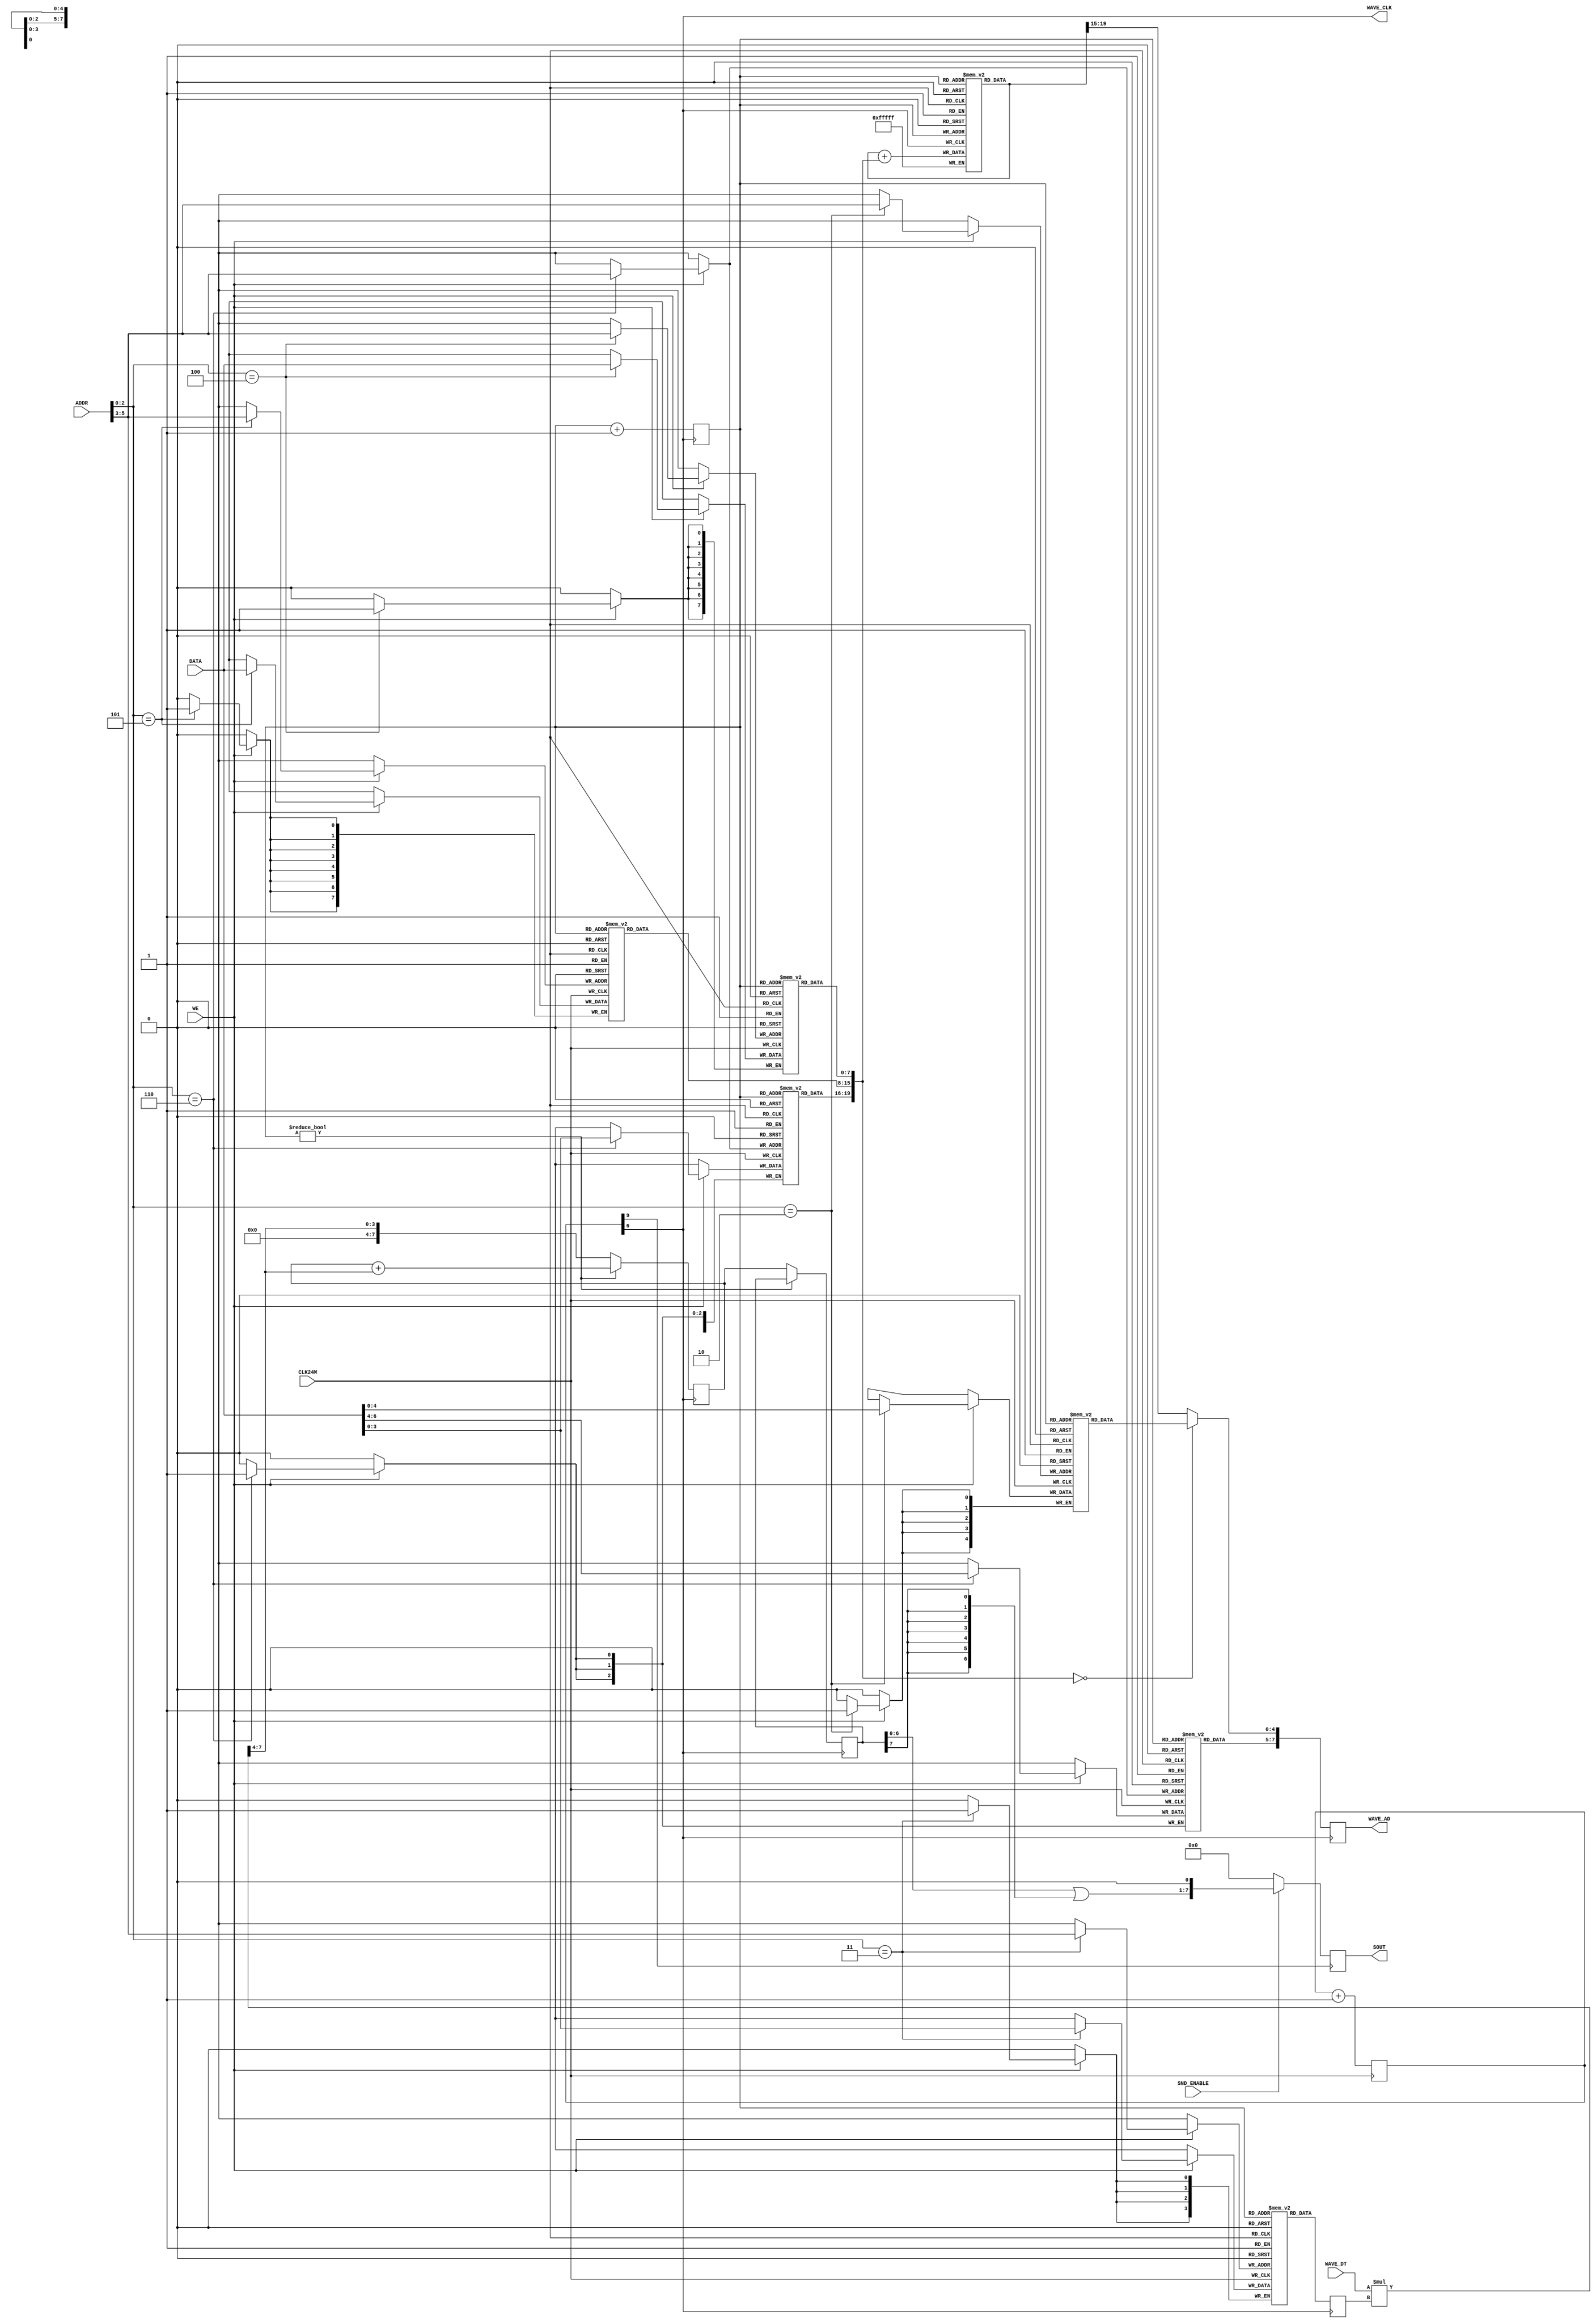
/*******************************************
   Wave-base Sound Generator (8CH)

				Copyright (c) 2007 MiSTer-X
********************************************/
module WSG_8CH
(
	input			 CLK24M,

	input	 [5:0] ADDR,
	input  [7:0] DATA,
	input			 WE,

	input			 SND_ENABLE,

	output		 WAVE_CLK,
	output [7:0] WAVE_AD,
	input  [3:0] WAVE_DT,
	
	output reg [7:0] SOUT
);

//-------------------------------------------
//  Clock Generator & Ctrl Registers
//-------------------------------------------
reg	[9:0] clk24k_cnt = 0;

wire  CLK_WSGx8  = clk24k_cnt[6];	// 24KHz*8
wire	CLK_WSG    = clk24k_cnt[9];	// 24KHz

reg	 [7:0] fl [0:7];
reg	 [7:0] fm [0:7];
reg	 [3:0] fh [0:7];
reg	 [2:0] fv [0:7];
reg	 [3:0]  v [0:7];
reg    [4:0] ct [0:7];

wire	 [2:0] ra = ADDR[5:3];

always @( posedge CLK24M ) begin
	if ( WE ) begin
		case ( ADDR[2:0] )
		3'h2: ct[ra] <= DATA[4:0];
		3'h3:  v[ra] <= DATA[3:0];
		3'h4: fl[ra] <= DATA;
		3'h5: fm[ra] <= DATA;
		3'h6: begin
				fh[ra] <= DATA[3:0];
				fv[ra] <= DATA[6:4];
				end

		default: ;
		endcase
	end
	clk24k_cnt <= clk24k_cnt+1;
end

//-------------------------------------------
//  WSG core (8ch)
//-------------------------------------------
reg	[2:0]	phase = 0;

reg	[7:0] o, ot;
reg  [19:0] c [0:7];
reg   [7:0] wa;
reg   [3:0] wm;

wire  [7:0] va = WAVE_DT * wm;

wire [19:0] cx = c[phase];
wire [19:0] fq = { fh[phase], fm[phase], fl[phase] };
wire  [4:0] ctx = ct[phase];

assign WAVE_CLK = CLK_WSGx8;
assign WAVE_AD  = wa;

always @ ( negedge CLK_WSGx8 ) begin
	if ( phase ) begin
		ot <= ot + { 4'h0, va[7:4] };
	end
	else begin
		o  <= ot;
		ot <= { 4'h0, va[7:4] };
	end
	c[phase] <= cx + fq;
	wm       <= v[phase];
	wa       <= { fv[phase], fq == 0 ? ctx[4:0] : cx[19:15] };
	phase    <= phase + 1'd1;
end

wire [6:0] wsgmix = ( o[6:0] | {7{o[7]}} );

always @ ( posedge CLK_WSG ) begin
	SOUT <= SND_ENABLE ? { wsgmix, 1'b0 } : 0;
end

endmodule